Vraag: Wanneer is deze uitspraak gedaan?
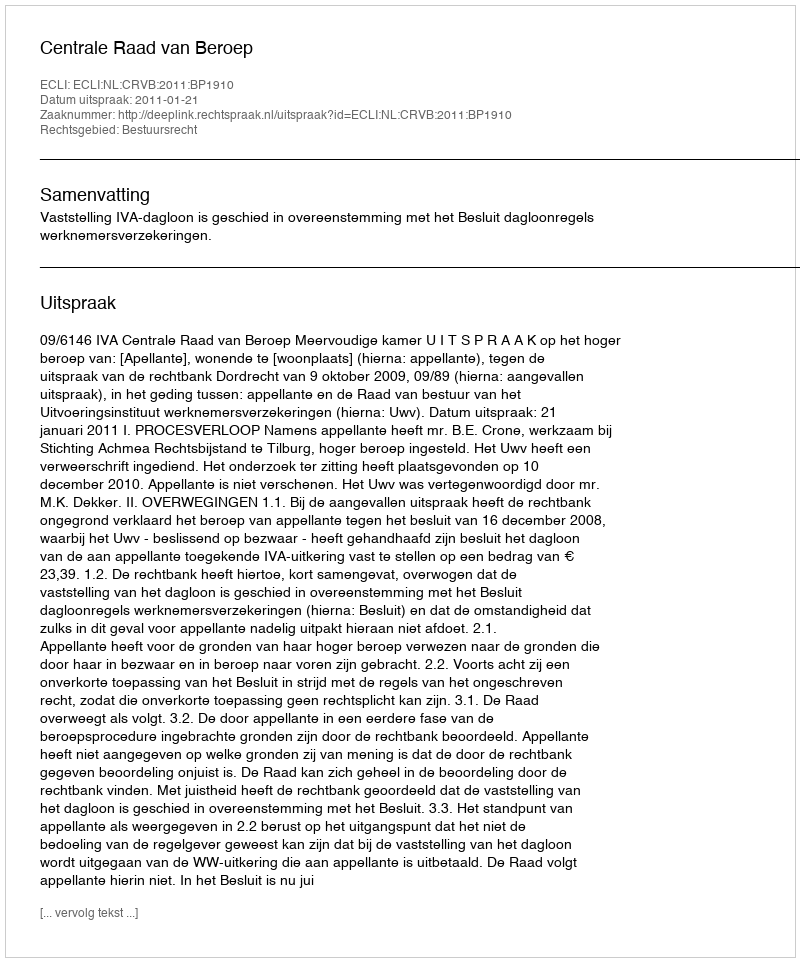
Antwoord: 2011-01-21